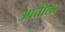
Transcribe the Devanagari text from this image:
आतीलर